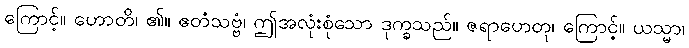
ကြောင့်။ ဟောတိ၊ ၏။ ဧတံသဗ္ဗံ၊ ဤအလုံးစုံသော ဒုက္ခသည်။ ဇရာဟေတု၊ ကြောင့်။ ယသ္မာ၊